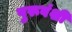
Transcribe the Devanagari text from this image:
पुरूवंशी